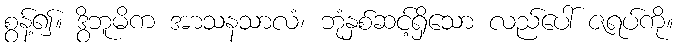
စွန့်၍။ ဒွိဘူမိက အာသနသာလံ၊ ဘုံနှစ်ဆင့်ရှိသော လည်ပေါ် ဇရပ်ကို။